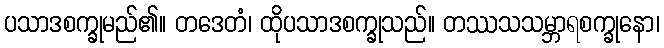
ပသာဒစက္ခုမည်၏။ တဒေတံ၊ ထိုပသာဒစက္ခုသည်။ တဿသသမ္ဘာရစက္ခုနော၊